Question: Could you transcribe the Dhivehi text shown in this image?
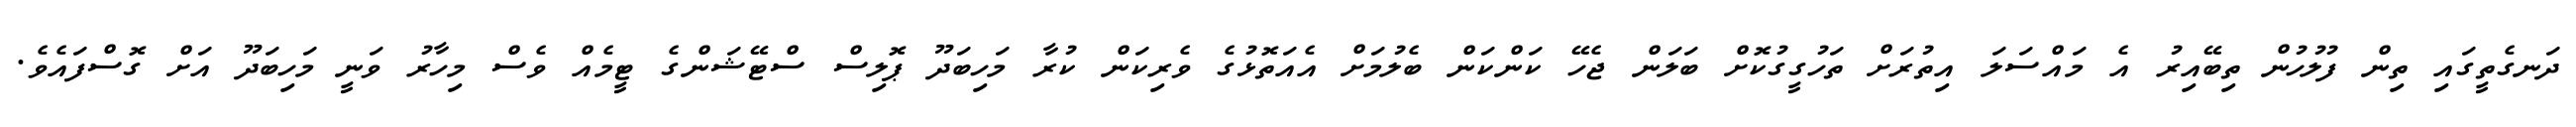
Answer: ދަނގެތީގައި ތިން ފުލުހުން ތިބޭއިރު އެ މައްސަލަ އިތުރަށް ތަހުގީގުކޮށް ބަލަން ޖެހޭ ކަންކަން ބެލުމަށް އެއަތޮޅުގެ ވެރިކަން ކުރާ މަހިބަދޫ ޕޮލިސް ސްޓޭޝަންގެ ޓީމެއް ވެސް މިހާރު ވަނީ މަހިބަދޫ އަށް ގޮސްފައެވެ.